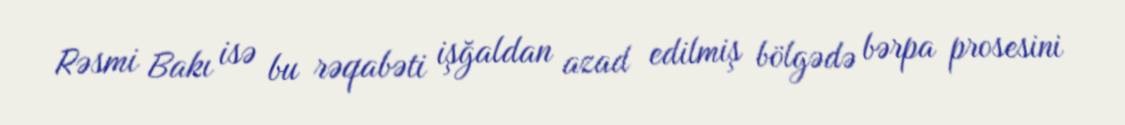
Rəsmi Bakı isə bu rəqabəti işğaldan azad edilmiş bölgədə bərpa prosesini